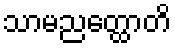
သာမညတ္ထောတိ